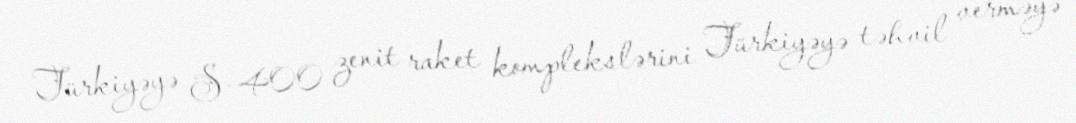
Türkiyəyə S-400 zenit raket komplekslərini Türkiyəyə təhvil verməyə